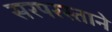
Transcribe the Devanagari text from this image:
सरपरस्ताने